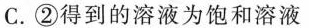
C.②得到的溶液为饱和溶液